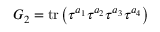
G _ { 2 } = \mathrm { t r } \left( \tau ^ { a _ { 1 } } \tau ^ { a _ { 2 } } \tau ^ { a _ { 3 } } \tau ^ { a _ { 4 } } \right)